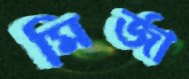
মির্জা